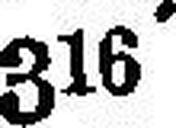
316